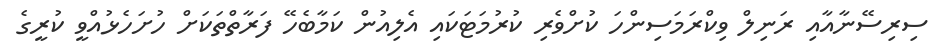
ސިރިސޭނާއާއި ރަނިލް ވިކްރަމަސިންހަ ކުށްވެރި ކުރުމަޓަކައި އެލިއުން ކަމާބެހޭ ފަރާތްތަކަށް ހުށަހެޅުއްވީ ކުރީގެ